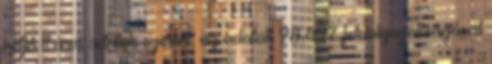
hétfő 11 órai adatok szerint, az adatok 98,82% feldolgozottságával